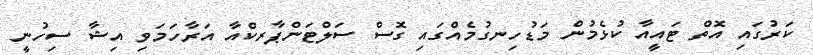
ކަރުގައި އޮތް ޓައީއާ ކުޅެމުން މަޑުހިނގުމެއްގައި ގޮސް ސަލްޓަންޕާރކްއާ އަރާހަމަވި އިޝާ ސިހުނީ